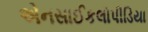
એનસાઈકલોપીડિયા